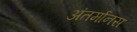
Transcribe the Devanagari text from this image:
अंतर्मानस